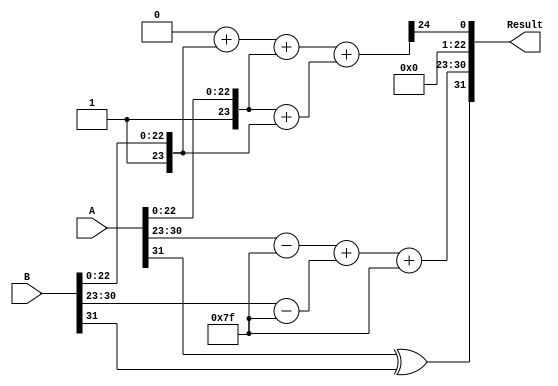
module radix4_float_multiplier #(
    parameter e = 8, // Number of bits for exponent
    parameter m = 23 // Number of bits for significand
)(
    input wire [e + m:0] A, // A: [S_A, E_A, M_A]
    input wire [e + m:0] B, // B: [S_B, E_B, M_B]
    output reg [e + m:0] Result // Result: [S_Res, E_Res, M_Res]
);

    // Bias for exponent
    localparam BIAS = (1 << (e - 1)) - 1;

    // Internal signals
    wire S_A = A[e + m]; // Sign bit of A
    wire S_B = B[e + m]; // Sign bit of B
    wire [e-1:0] E_A = A[e + m - 1:e + m - e]; // Exponent of A
    wire [e-1:0] E_B = B[e + m - 1:e + m - e]; // Exponent of B
    wire [m-1:0] M_A = A[m-1:0]; // Significand of A
    wire [m-1:0] M_B = B[m-1:0]; // Significand of B

    // Result sign calculation
    wire S_Res = S_A ^ S_B;

    // Exponent calculation
    wire [e:0] E_Res_temp = (E_A - BIAS) + (E_B - BIAS) + BIAS;
    wire [e-1:0] E_Res = E_Res_temp[e-1:0]; // Final exponent

    // Normalize significands
    wire [m+1:0] norm_M_A = {1'b1, M_A}; // Add implied leading bit
    wire [m+1:0] norm_M_B = {1'b1, M_B}; // Add implied leading bit
    wire [m+1:0] P0, P1, P2, P3; // Partial products

    // Radix-4 multiplication: generate partial products
    assign P0 = 0; // 00 -> 0
    assign P1 = norm_M_B; // 01 -> B
    assign P2 = norm_M_A; // 10 -> A
    assign P3 = norm_M_A + norm_M_B; // 11 -> A + B

    // Accumulate partial products (simplified for demonstration, may require a more complex structure)
    wire [2*m:0] P_sum = P0 + P1 + P2 + P3;

    // Final result normalization and rounding (simplified)
    wire [m+1:0] M_Res_raw = P_sum[m+1:m+1]; // Extract significand
    wire [m-1:0] M_Res = M_Res_raw[m-1:0]; // Final significand

    // Output result
    always @(*) begin
        Result = {S_Res, E_Res, M_Res};
    end

endmodule